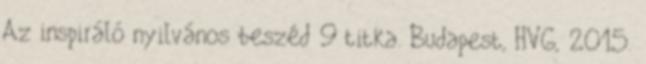
Az inspiráló nyilvános beszéd 9 titka. Budapest, HVG, 2015.